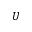
U